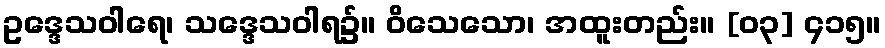
ဥဒ္ဒေသဝါရေ၊ သဒ္ဒေသဝါရ၌။ ဝိသေသော၊ အထူးတည်း။ [၀၃] ၄၁၅။